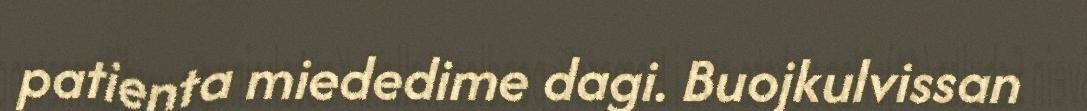
patienta miededime dagi. Buojkulvissan